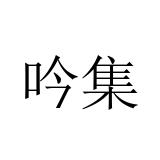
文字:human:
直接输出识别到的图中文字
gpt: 吟集